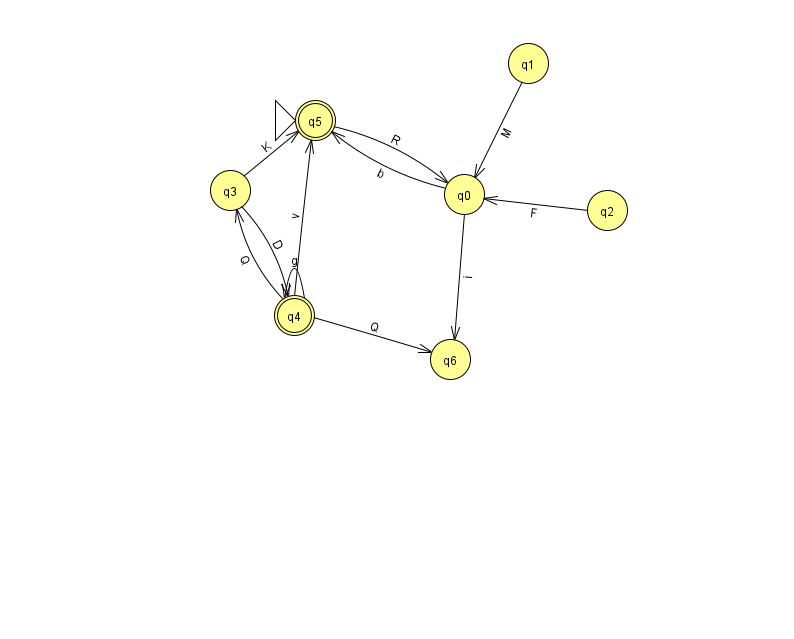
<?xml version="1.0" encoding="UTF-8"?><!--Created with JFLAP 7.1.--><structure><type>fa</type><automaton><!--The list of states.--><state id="0" name="q0"><x>464.0</x><y>181.0</y></state><state id="1" name="q1"><x>528.0</x><y>50.0</y></state><state id="2" name="q2"><x>607.0</x><y>197.0</y></state><state id="3" name="q3"><x>230.0</x><y>177.0</y></state><state id="4" name="q4"><x>294.0</x><y>302.0</y><final/></state><state id="5" name="q5"><x>315.0</x><y>107.0</y><initial/><final/></state><state id="6" name="q6"><x>450.0</x><y>346.0</y></state><!--The list of transitions.--><transition><from>0</from><to>6</to><read>i</read></transition><transition><from>3</from><to>4</to><read>D</read></transition><transition><from>0</from><to>5</to><read>b</read></transition><transition><from>5</from><to>0</to><read>R</read></transition><transition><from>4</from><to>3</to><read>Q</read></transition><transition><from>4</from><to>4</to><read>g</read></transition><transition><from>4</from><to>5</to><read>v</read></transition><transition><from>1</from><to>0</to><read>M</read></transition><transition><from>2</from><to>0</to><read>F</read></transition><transition><from>3</from><to>5</to><read>K</read></transition><transition><from>4</from><to>6</to><read>Q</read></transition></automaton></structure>